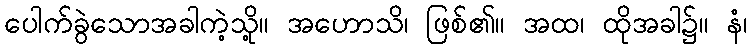
ပေါက်ခွဲသောအခါကဲ့သို့။ အဟောသိ၊ ဖြစ်၏။ အထ၊ ထိုအခါ၌။ နံ၊